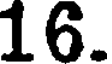
16.